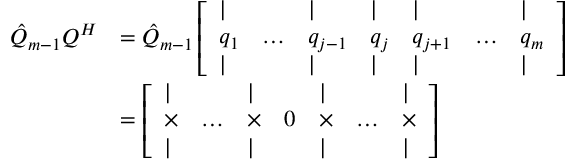
\begin{array} { r l } { \hat { Q } _ { m - 1 } Q ^ { H } } & { = \hat { Q } _ { m - 1 } \left[ \begin{array} { l l l l l l l } { \vert } & & { \vert } & { \vert } & { \vert } & & { \vert } \\ { q _ { 1 } } & { \dots } & { q _ { j - 1 } } & { q _ { j } } & { q _ { j + 1 } } & { \dots } & { q _ { m } } \\ { \vert } & & { \vert } & { \vert } & { \vert } & & { \vert } \end{array} \right] } \\ & { = \left[ \begin{array} { l l l l l l l } { \vert } & & { \vert } & & { \vert } & & { \vert } \\ { \boldsymbol { \times } } & { \dots } & { \boldsymbol { \times } } & { { 0 } } & { \boldsymbol { \times } } & { \dots } & { \boldsymbol { \times } } \\ { \vert } & & { \vert } & & { \vert } & & { \vert } \end{array} \right] } \end{array}